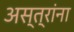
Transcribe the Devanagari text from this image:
अस्त्रांना